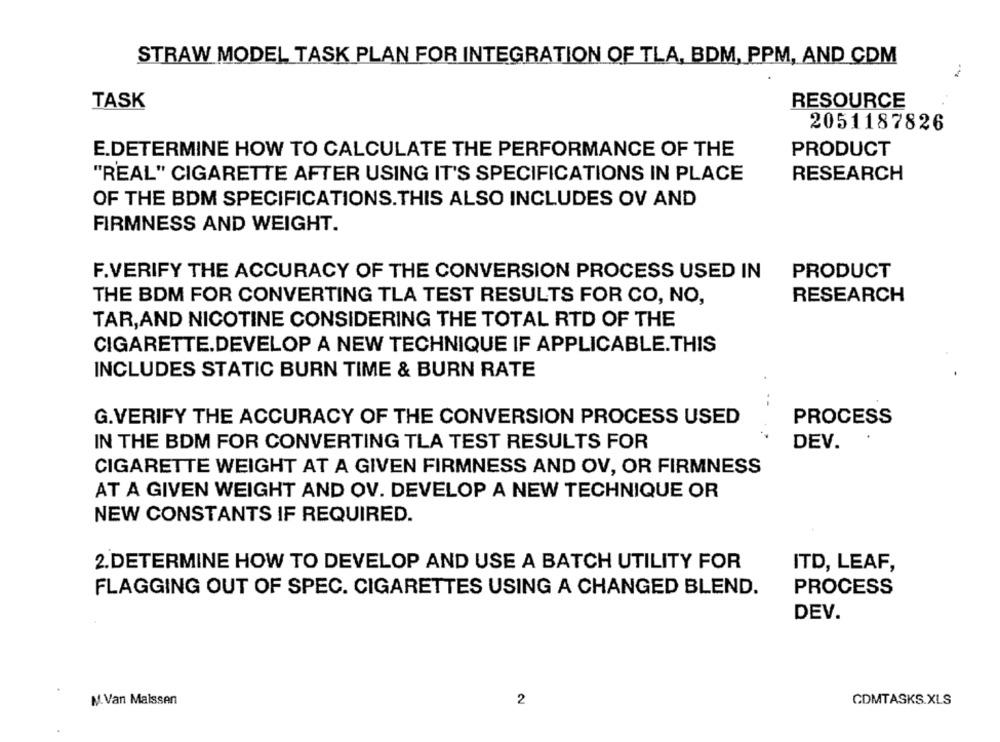
STRAW MODEL TASK PLAN FOR INTEGRATION OF TLA, BDM, PPM, AND CDM
TASK
RESOURCE
2051187826
E.DETERMINE HOW TO CALCULATE THE PERFORMANCE OF THE
PRODUCT
"REAL" CIGARETTE AFTER USING IT'S SPECIFICATIONS IN PLACE
RESEARCH
OF THE BDM SPECIFICATIONS.THIS ALSO INCLUDES OV AND
FIRMNESS AND WEIGHT.
F.VERIFY THE ACCURACY OF THE CONVERSION PROCESS USED IN
PRODUCT
THE BDM FOR CONVERTING TLA TEST RESULTS FOR CO, NO,
RESEARCH
TAR,AND NICOTINE CONSIDERING THE TOTAL RTD OF THE
CIGARETTE.DEVELOP A NEW TECHNIQUE IF APPLICABLE.THIS
INCLUDES STATIC BURN TIME & BURN RATE
G.VERIFY THE ACCURACY OF THE CONVERSION PROCESS USED
PROCESS
IN THE BDM FOR CONVERTING TLA TEST RESULTS FOR
DEV.
CIGARETTE WEIGHT AT A GIVEN FIRMNESS AND OV, OR FIRMNESS
AT A GIVEN WEIGHT AND OV. DEVELOP A NEW TECHNIQUE OR
NEW CONSTANTS IF REQUIRED.
2. DETERMINE HOW TO DEVELOP AND USE A BATCH UTILITY FOR
ITD, LEAF,
FLAGGING OUT OF SPEC. CIGARETTES USING A CHANGED BLEND.
PROCESS
DEV.
M. Van Maissen
2
CDMTASKS.XLS